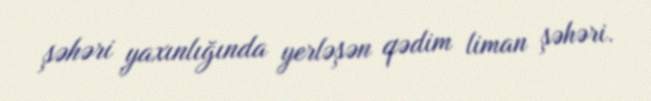
şəhəri yaxınlığında yerləşən qədim liman şəhəri.